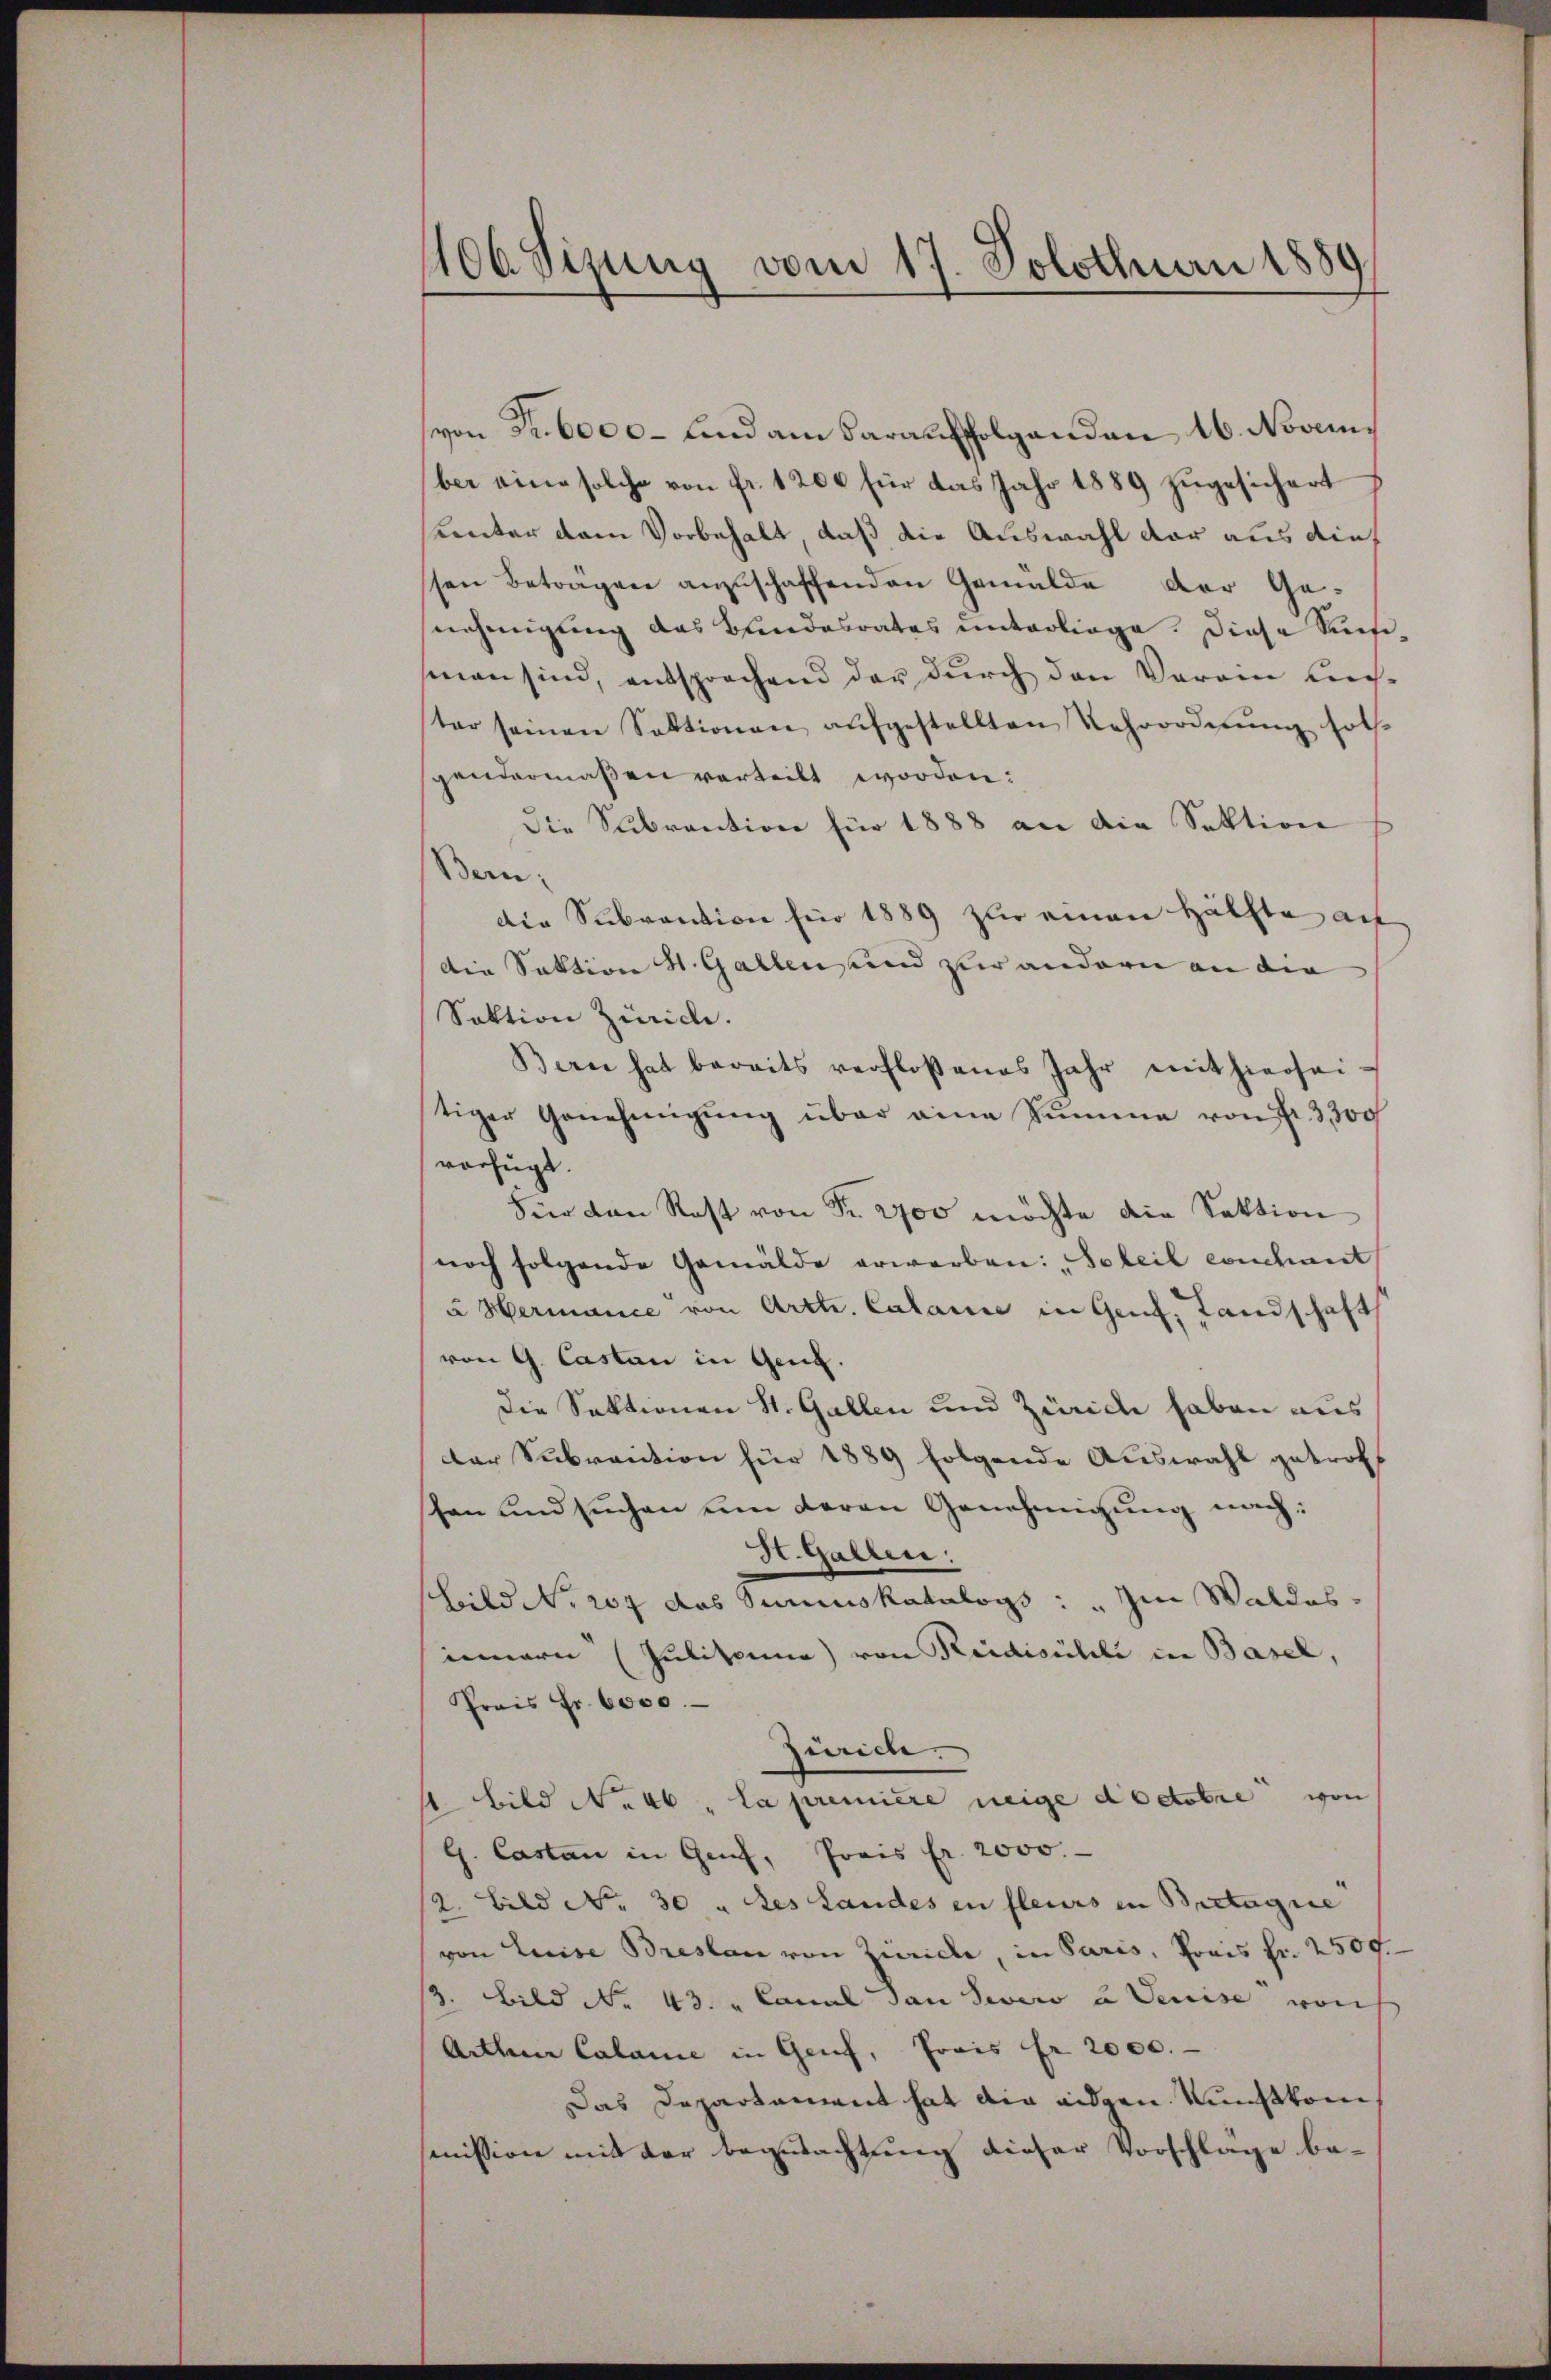
106 Sizung vom 17. Solothurn 1889

von Fr. 6000 - und am darauffolgenden 16. November eine solche von fr. 1200 für das Jahr 1889 zugesichert
hunter dem Vorbehalt, daß die Auswahl der aus die
ssen beträgen anzuschaffenden Gemälde der Ge-
nehmigung des Bundesrates unterliege. Diese Susiman sind, entsprochend der durch den Varain Leichter seinen Sektionen aŭfgestellten Kehrordnŭng sol-
gendermaßen vorteilt worden:
die Subrantion für 1888 an die Sektion
Bern.
die Subvention für 1889 zur einen Hälfte auf
Die Sektion H. Gallen und zur andern an die
Saktion Zürich.
Bern hat bereits verfloßenes Jahr mithierseitiger Genehmigŭng über eine Summe von Fr. 3300
vorfügt.
Für den Rest von Fr. 2700 möchte die Sektion
noch folgende Gemälde erwerben: „Soleil conchant
u Hermance von Arttr. Calamie in Genf, Landschaft
von G. Castan in Geng.
Die Sektionen St. Gallen und Zürich haben aus
Der Subraction für 1889 folgende Auswahl getrott
schon und suchen um deren Genehmigung nach:
St. Gallen:
Bild No. 207 das Simuskatalogs : „Im Waldes,
innern Julitaina) von Reidischli in Basel,
Preis Fr. 6000.
Zürich.
 Bild No 46. La première neige doctobre von
G. Castan in Genf, Preis fr. 2000.
2. Bild No. 30 " des Landes in fleurs in Bretagiie
von Luise Breslau von Zürich, in Paris, Preis Fr. 2500.
2. Bild No 43. " Canal von Severo a Veuise von
Arthene Calame in Genf, Prais Fr. 2000.
Das Departament hat die eidgen. Kunstkommission mit der begutachtung dieser Vorschlage be¬